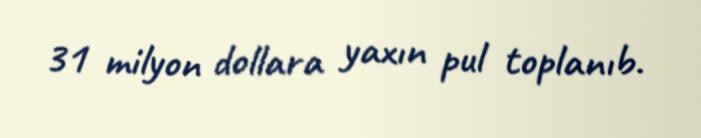
31 milyon dollara yaxın pul toplanıb.